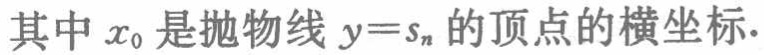
其中 \(x_{0}\) 是抛物线 \(y = s_{n}\) 的顶点的横坐标.